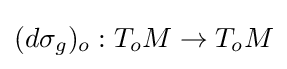
(d\sigma _{g})_{o}:T_{o}M\to T_{o}M